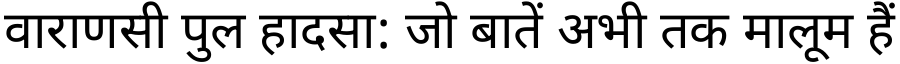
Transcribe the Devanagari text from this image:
वाराणसी पुल हादसा: जो बातें अभी तक मालूम हैं